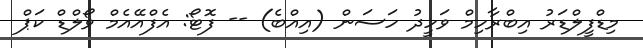
މިޑްފީލްޑަރު އިބްރާހިމް ވަހީދު ހަސަން (އިއްބެ) -- ފޮޓޯ: އެފްއޭއެމް ވޯލްޑް ކަޕް